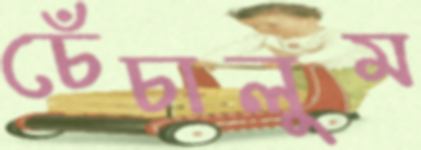
চেঁচালুম